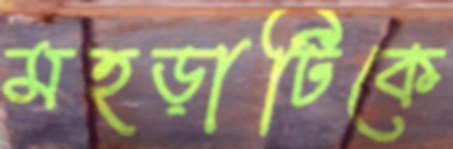
মহড়াটিকে